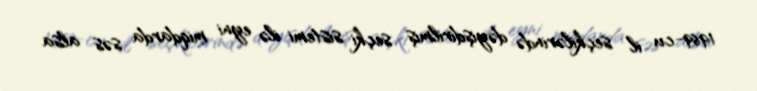
1969-cu il seçkilərində dəyişdirilmiş seçki sistemi ilə eyni miqdarda səs alsa